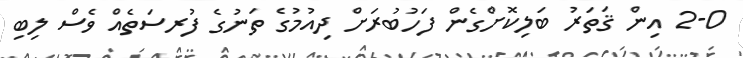
2-0 އިން ޤަތަރު ބަލިކޮށްގެން ފަހުބުރަށް ދިއުމުގެ ތަނުގެ ފުރސަަތެއް ވެސް ލިބި